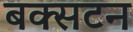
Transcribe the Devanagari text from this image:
बक्सटन